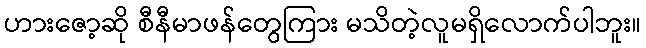
ဟားဇော့ဆို စီနီမာဖန်တွေကြား မသိတဲ့လူမရှိလောက်ပါဘူး။